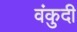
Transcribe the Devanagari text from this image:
वंकुदी